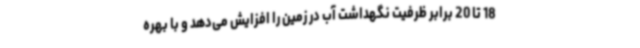
18 تا 20 برابر ظرفیت نگهداشت آب در زمین را افزایش می‌دهد و با بهره